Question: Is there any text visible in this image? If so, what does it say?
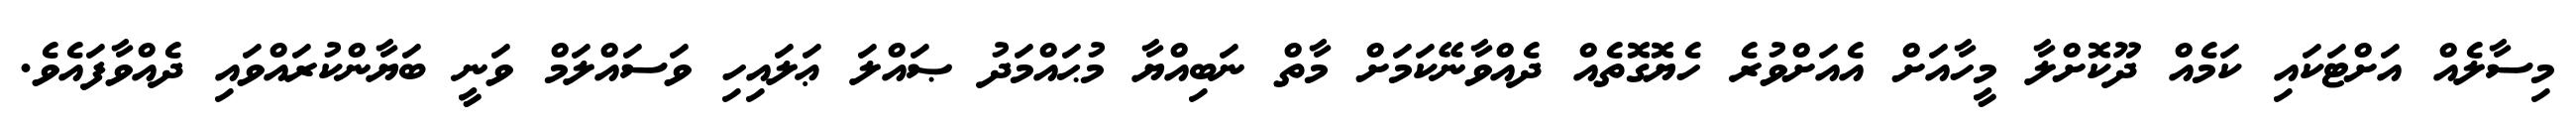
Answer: މިސާލެއް އަށްޓަކައި ކަމެއް ދޫކޮށްލާ މީހާއަށް އެއަށްވުރެ ހެޔޮގޮތެއް ދެއްވާނޭކަމަށް މާތް ނަބިއްޔާ މުޙައްމަދު ޞައްލަ ޢަލައިހި ވަސައްލަމް ވަނީ ބަޔާންކުރައްވައި ދެއްވާފައެވެ.